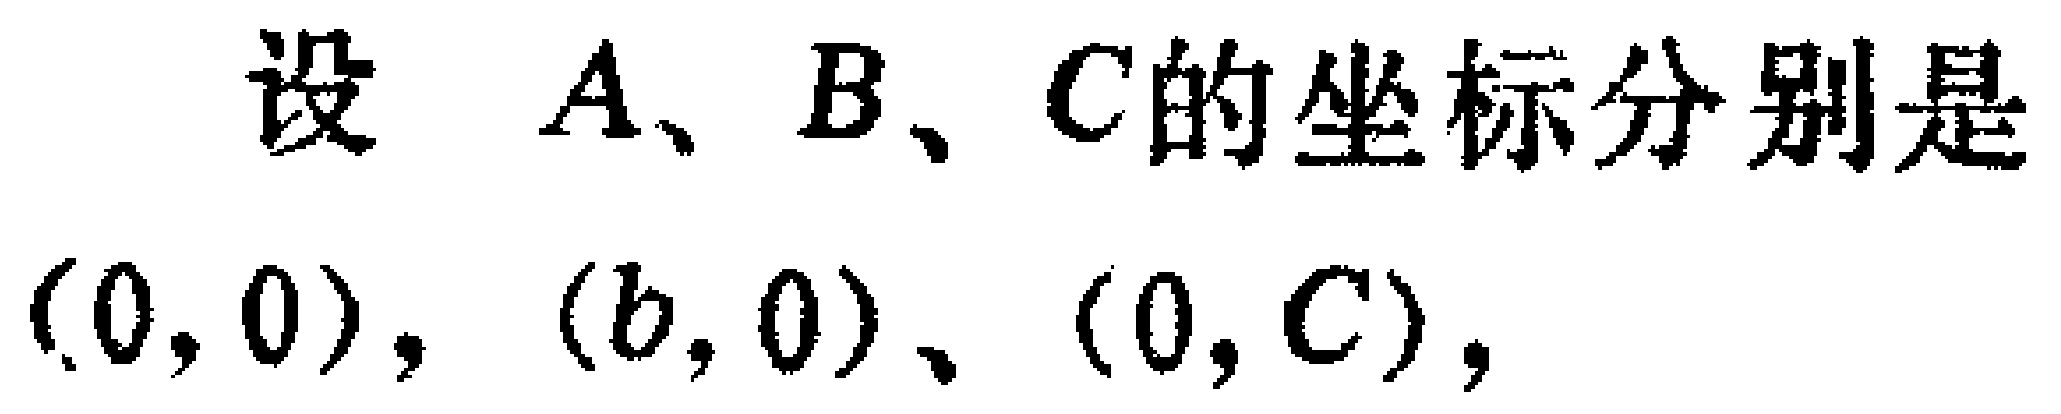
设 \(A、B、C\)的坐标分别是\((0, 0)\)，\((b, 0)\)、\((0, c)\)，